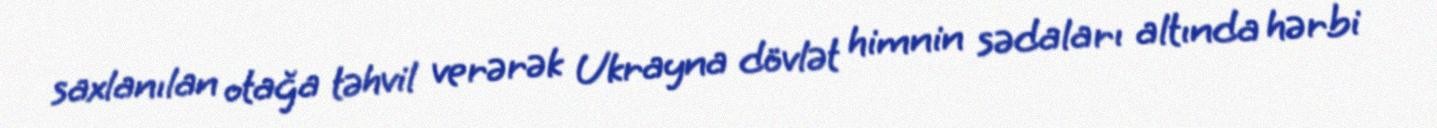
saxlanılan otağa təhvil verərək Ukrayna dövlət himnin sədaları altında hərbi